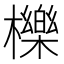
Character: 櫟